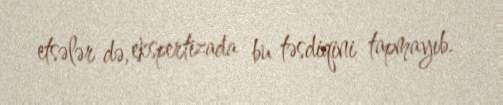
etsələr də, ekspertizada bu təsdiqini tapmayıb.